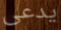
يدعى